Materia medica of Madras volume I
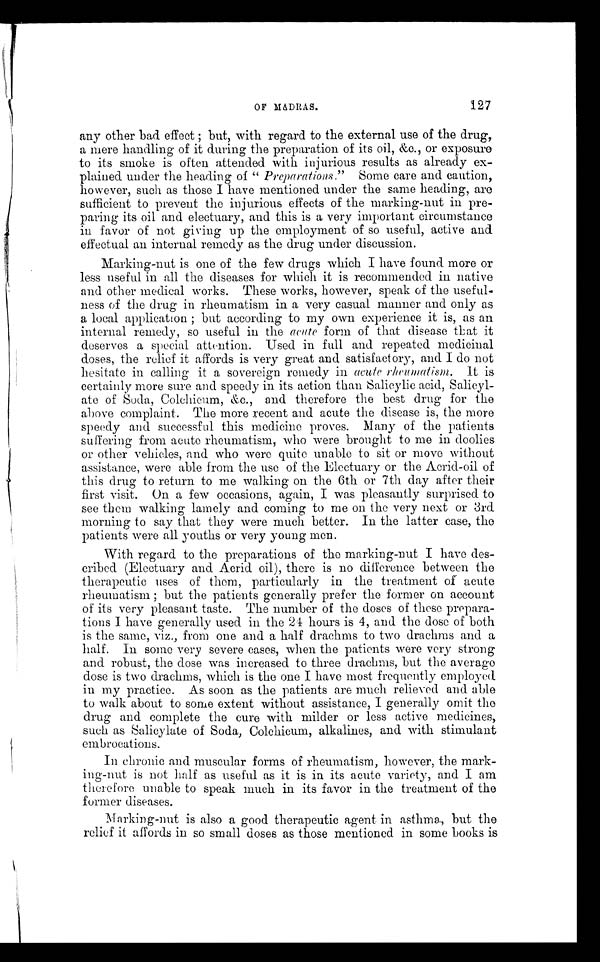
OF MADRAS..
127
any other bad effect; but, with regard to the external use of the drug,
a mere handling of it during the preparation of its oil, &c., or exposure
to its smoke is often attended with injurious results as already ex
-plained under the heading of " Preparations " Some care and caution,
however, such as those I have mentioned under the same heading, are
sufficient to prevent the injurious effects of the marking-nut in pre
-paring its oil and electuary, and this is a very important circumstance
in favor of not giving up the employment of so useful, active and
effectual an internal remedy as the drug under discussion.
Marking-nut is one of the few drugs which I have found more or
less useful in all the diseases for which it is recommended in native
and other medical works. These works, however, speak of the useful
-ness of the drug in rheumatism in a very casual manner and only as
a local application; but according to my own experience it is, as an
internal remedy, so useful in the acute form of that disease that it
deserves a special attention. Used in full and repeated medicinal
doses, the relief it affords is very great and satisfactory, and I do not
hesitate in calling it a sovereign remedy in acute rheumatism. It is
certainly more sure and speedy in its action than Salicylic acid, Salicyl
-ate of Soda, Colchicum, &c., and therefore the best drug for the
above complaint. The more recent and acute the disease is, the more
speedy and successful this medicine proves. Many of the patients
suffering from acute rheumatism, who were brought to me in doolies
or other vehicles, and who were quite unable to sit or move without
assistance, were able from the use of the Electuary or the Acrid-oil of
this drug to return to me walking on the 6th or 7th day after their
first visit. On a few occasions, again, I was pleasantly surprised to
see them walking lamely and coming to me on the very next or 3rd
morning to say that they were much better. In the latter case, the
patients were all youths or very young men.
With regard to the preparations of the marking-nut I have des
-cribed (Electuary and Acrid oil), there is no difference between the
therapeutic uses of them, particularly in the treatment of acute
rheumatism; but the patients generally prefer the former on account
of its very pleasant taste. The number of the doses of these prepara
-tions I have generally used in the 24 hours is 4, and the dose of both
is the same, viz., from one and a half drachms to two drachms and a
half. In some very severe cases, when the patients were very strong
and robust, the dose was increased to three drachms, but the average
dose is two drachms, which is the one I have most frequently employed
in my practice. As soon as the patients are much relieved and able
to walk about to some extent without assistance, I generally omit the
drug and complete the cure with milder or less active medicines,
such as Salicylate of Soda, Colchicum, alkalines, and with stimulant
embrocations.
In chronic and muscular forms of rheumatism, however, the mark
-ing-nut is not half as useful as it is in its acute variety, and I am
therefore unable to speak much in its favor in the treatment of the
former diseases.
Marking-nut is also a good therapeutic agent in asthma, but the
relief it affords in so small doses as those mentioned in some books is